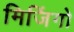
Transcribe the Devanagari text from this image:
मिजिंगो